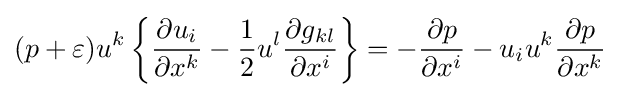
(p+\varepsilon )u^{k}\left\{{\frac {\partial u_{i}}{\partial x^{k}}}-{\frac {1}{2}}u^{l}{\frac {\partial g_{kl}}{\partial x^{i}}}\right\rbrace =-{\frac {\partial p}{\partial x^{i}}}-u_{i}u^{k}{\frac {\partial p}{\partial x^{k}}}